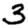
Digit: 3